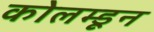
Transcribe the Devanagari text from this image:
कोलम्डून